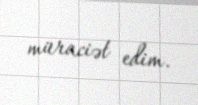
müraciət edim.